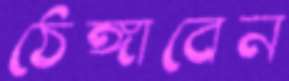
ঠেঙ্গাবেন